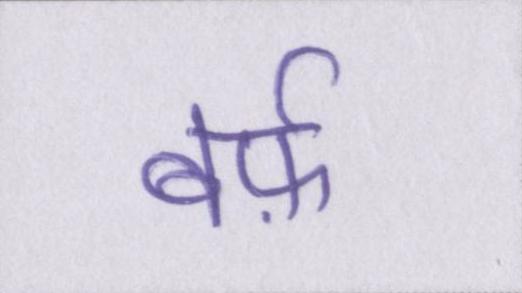
बर्फ़